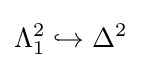
\Lambda _{1}^{2}\hookrightarrow \Delta ^{2}